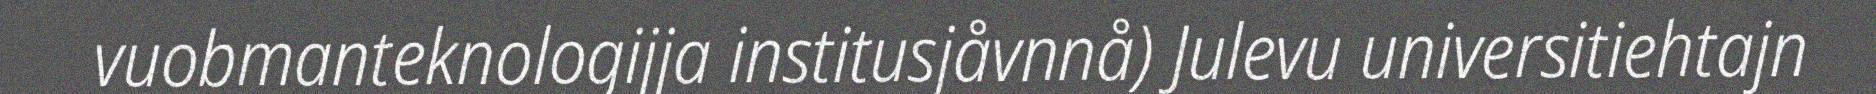
vuobmanteknologijja institusjåvnnå) Julevu universitiehtajn